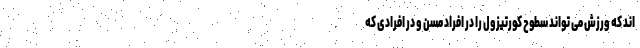
اند که ورزش می تواند سطوح کورتیزول را در افراد مسن و در افرادی که